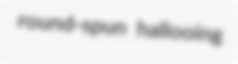
round-spun hallooing